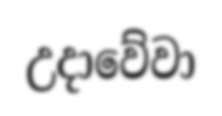
උදාවේවා